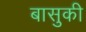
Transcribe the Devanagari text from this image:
बासुकी